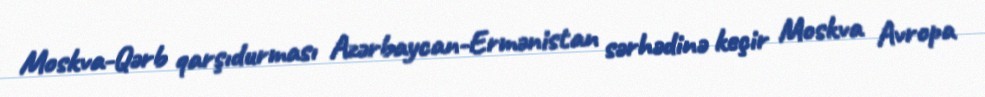
Moskva-Qərb qarşıdurması Azərbaycan-Ermənistan sərhədinə keçir Moskva Avropa